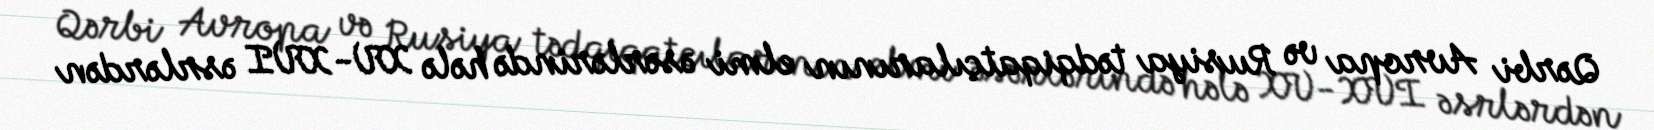
Qərbi Avropa və Rusiya tədqiqatçılarının elmi əsərlərində hələ XV-XVI əsrlərdən